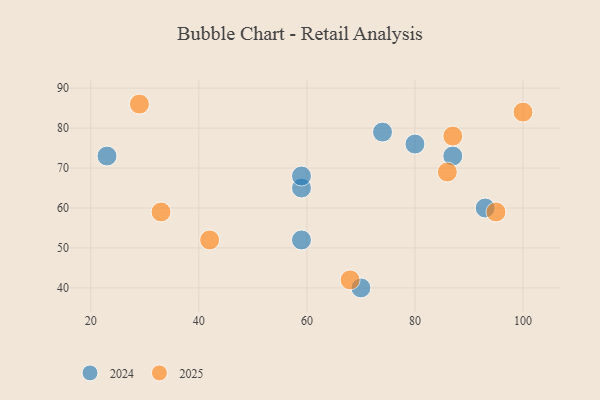
{"axis": {"x": "GDP", "y": "Life Expectancy"}, "legend": ["2024", "2025"], "data": [{"x": "87", "y": 73, "type": "2024"}, {"x": "80", "y": 76, "type": "2024"}, {"x": "93", "y": 60, "type": "2024"}, {"x": "59", "y": 65, "type": "2024"}, {"x": "74", "y": 79, "type": "2024"}, {"x": "23", "y": 73, "type": "2024"}, {"x": "70", "y": 40, "type": "2024"}, {"x": "59", "y": 52, "type": "2024"}, {"x": "59", "y": 68, "type": "2024"}, {"x": "95", "y": 59, "type": "2025"}, {"x": "87", "y": 78, "type": "2025"}, {"x": "29", "y": 86, "type": "2025"}, {"x": "68", "y": 42, "type": "2025"}, {"x": "33", "y": 59, "type": "2025"}, {"x": "42", "y": 52, "type": "2025"}, {"x": "86", "y": 69, "type": "2025"}, {"x": "100", "y": 84, "type": "2025"}]}